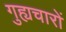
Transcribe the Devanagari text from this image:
गुह्यचारों